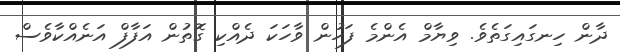
ދާން ހިނގައިގަތެވެ. ވިޔާމް އެންމެ ފަހުން ވާހަކަ ދެއްކި ގޮތުން އަފާފް އަނެއްކާވެސް